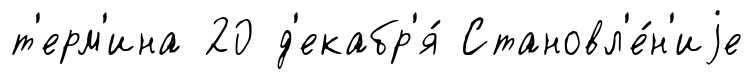
т'ерм'ина 20 д'екабр'я́ Становл'е́н'иjе